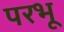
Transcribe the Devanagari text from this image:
परभू